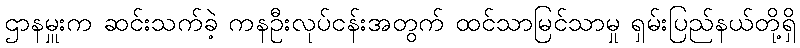
ဌာနမှူးက ဆင်းသက်ခဲ့ ကနဦးလုပ်ငန်းအတွက် ထင်သာမြင်သာမှု ရှမ်းပြည်နယ်တို့ရှိ